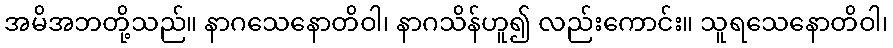
အမိအဘတို့သည်။ နာဂသေနောတိဝါ၊ နာဂသိန်ဟူ၍ လည်းကောင်း။ သူရသေနောတိဝါ၊